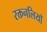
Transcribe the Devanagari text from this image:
रक्तनलियाँ